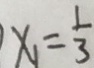
x = \frac { 1 } { 3 }